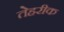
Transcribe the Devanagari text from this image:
तेहरीक